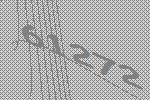
61272